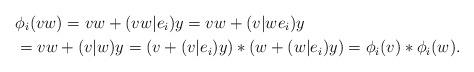
LaTeX: \begin{align*} &\phi_i(vw)=vw+(vw|e_i)y=vw+(v|we_i)y \\&=vw+(v|w)y=(v+(v|e_i)y)*(w+(w|e_i)y)=\phi_i(v)*\phi_i(w).\end{align*}